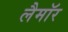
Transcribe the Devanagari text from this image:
लैमॉर